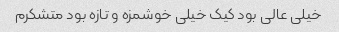
خیلی عالی بود کیک خیلی خوشمزه و تازه بود متشکرم